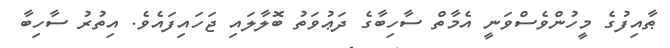
ޠާއިފުގެ މީހުންވެސްވަނީ އެމާތް ސާހިބާގެ ދަޢުވަތު ބޮލާލައި ޖަހައިފައެވެ. އިތުރު ސާހިބާ